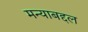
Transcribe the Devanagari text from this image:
मन्याबद्दल